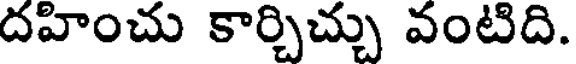
దహించు కార్చిచ్చు వంటిది.